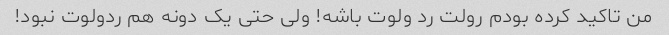
من تاکید کرده بودم رولت رد ولوت باشه! ولی حتی یک دونه هم ردولوت نبود!